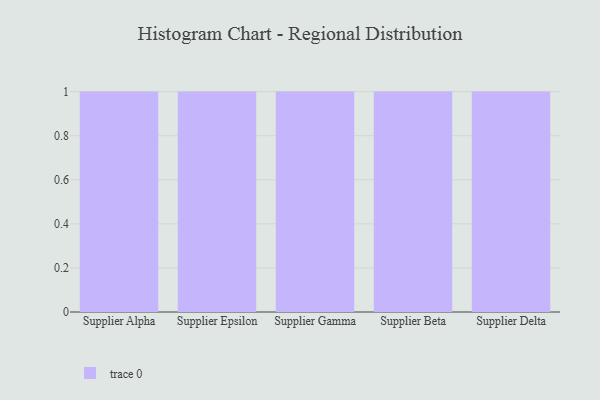
{"axis": {"x": "Supplier", "y": "Website Visitors"}, "legend": [""], "data": [{"x": "Supplier Alpha", "y": 46, "type": ""}, {"x": "Supplier Epsilon", "y": 46, "type": ""}, {"x": "Supplier Gamma", "y": 16, "type": ""}, {"x": "Supplier Beta", "y": 34, "type": ""}, {"x": "Supplier Delta", "y": 84, "type": ""}]}